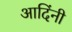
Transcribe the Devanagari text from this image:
आदिंनी